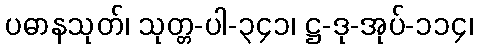
ပဓာနသုတ်၊ သုတ္တ-ပါ-၃၄၁၊ ဋ္ဌ-ဒု-အုပ်-၁၁၄၊